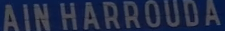
AIN HARROUDA